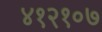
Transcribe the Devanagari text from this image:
४१२१०७